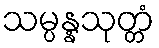
သမ္ပန္နသုတ္တံ